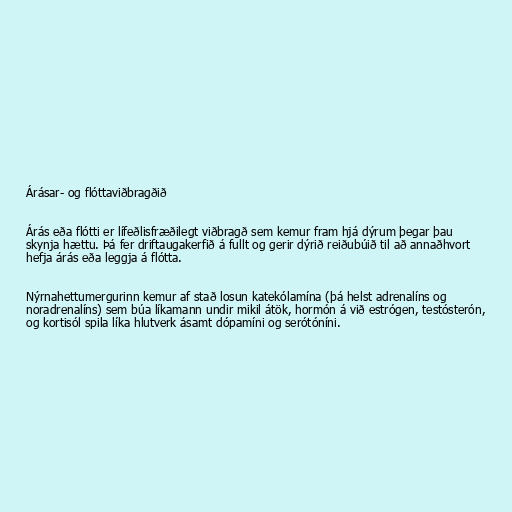
Árásar- og flóttaviðbragðið

Árás eða flótti er lífeðlisfræðilegt viðbragð sem kemur fram hjá dýrum þegar þau
skynja hættu. Þá fer driftaugakerfið á fullt og gerir dýrið reiðubúið til að annaðhvort
hefja árás eða leggja á flótta.

Nýrnahettumergurinn kemur af stað losun katekólamína (þá helst adrenalíns og
noradrenalíns) sem búa líkamann undir mikil átök, hormón á við estrógen, testósterón,
og kortisól spila líka hlutverk ásamt dópamíni og serótóníni.